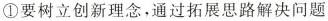
①要树立创新理念，通过拓展思路解决问题